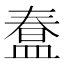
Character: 𭾇